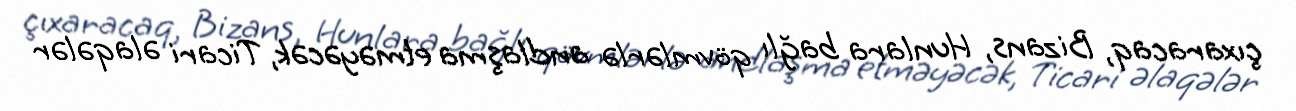
çıxaracaq, Bizans, Hunlara bağlı qövmlərlə andlaşma etməyəcək, Ticari əlaqələr